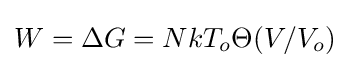
W=\Delta G=NkT_{o}\Theta (V/V_{o})